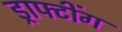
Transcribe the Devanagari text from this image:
ड्राफ्टींग